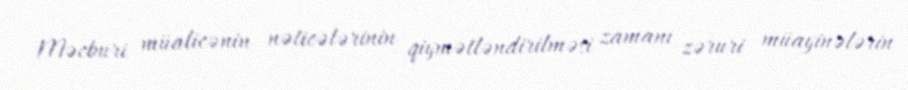
Məcburi müalicənin nəticələrinin qiymətləndirilməsi zamanı zəruri müayinələrin